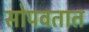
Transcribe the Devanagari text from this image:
सोपवतात